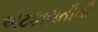
અટકાયતીની